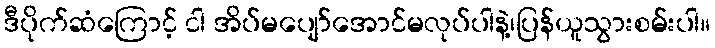
ဒီပိုက်ဆံကြောင့် ငါ အိပ်မပျော်အောင်မလုပ်ပါနဲ့၊ပြန်ယူသွားစမ်းပါ။